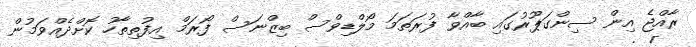
ރާއްޖެ އިން ސިންގަޕޫރުގައި ބާއްވާ ފުރަތަމަ މޯލްޑިވްސް ބިޒްނަސް ފޯރަމް އިފުތިތާހު ކޮށްދެއްވަމުން